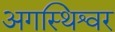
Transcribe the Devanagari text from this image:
अगस्थिश्वर